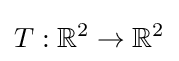
T:\mathbb {R} ^{2}\to \mathbb {R} ^{2}